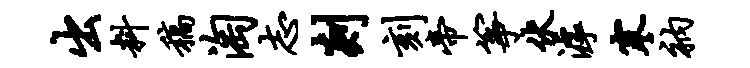
出料稿淘志剡刻帝筝伏滹寒衲